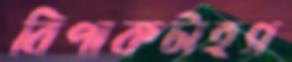
বিপাকটাহগ